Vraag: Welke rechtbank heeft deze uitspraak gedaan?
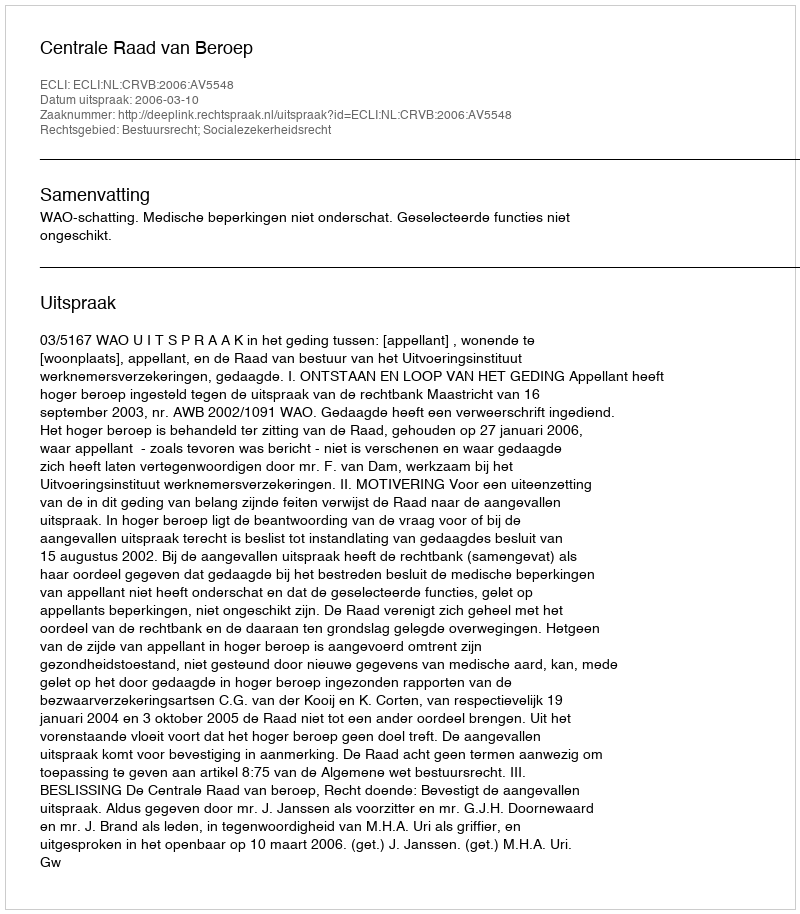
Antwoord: Centrale Raad van Beroep